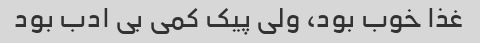
غذا خوب بود، ولی پیک کمی بی ادب بود